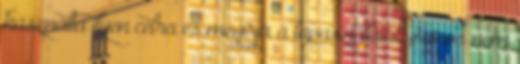
használta ilyen célra és megírja a tapasztalatát. Sajnos nem